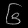
Digit: ၆